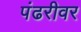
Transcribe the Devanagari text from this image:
पंढरीवर